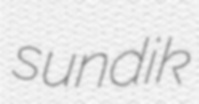
sundik